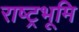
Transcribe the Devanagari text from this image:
राष्ट्रभूमि